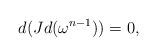
LaTeX: \begin{align*}d(Jd(\omega^{n-1}))=0,\end{align*}